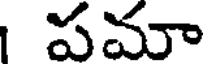
పమా